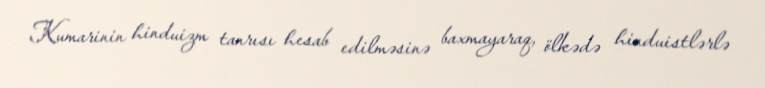
Kumarinin hinduizm tanrısı hesab edilməsinə baxmayaraq, ölkədə hinduistlərlə